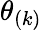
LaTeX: \theta_{(k)}